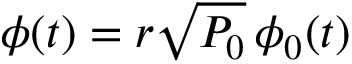
\phi ( t ) = r \sqrt { P _ { 0 } } \, \phi _ { 0 } ( t )